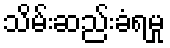
သိမ်းဆည်းခံရမှု